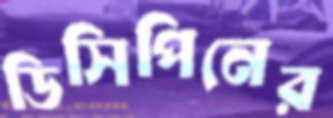
ডিসিপিনের